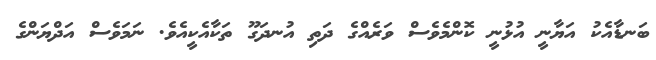
ބަނޑާއެކު އަޔާނީ އުޅުނީ ކޮންމެވެސް ވަރެއްގެ ދަތި އުނދަގޫ ތަކާއެކީއެވެ. ނަމަވެސް އަދްޔަންގެ